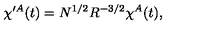
\chi ^ { \prime A } ( t ) = N ^ { 1 / 2 } R ^ { - 3 / 2 } \chi ^ { A } ( t ) ,